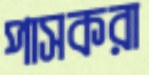
পাসকরা